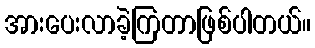
အားပေးလာခဲ့ကြတာဖြစ်ပါတယ်။